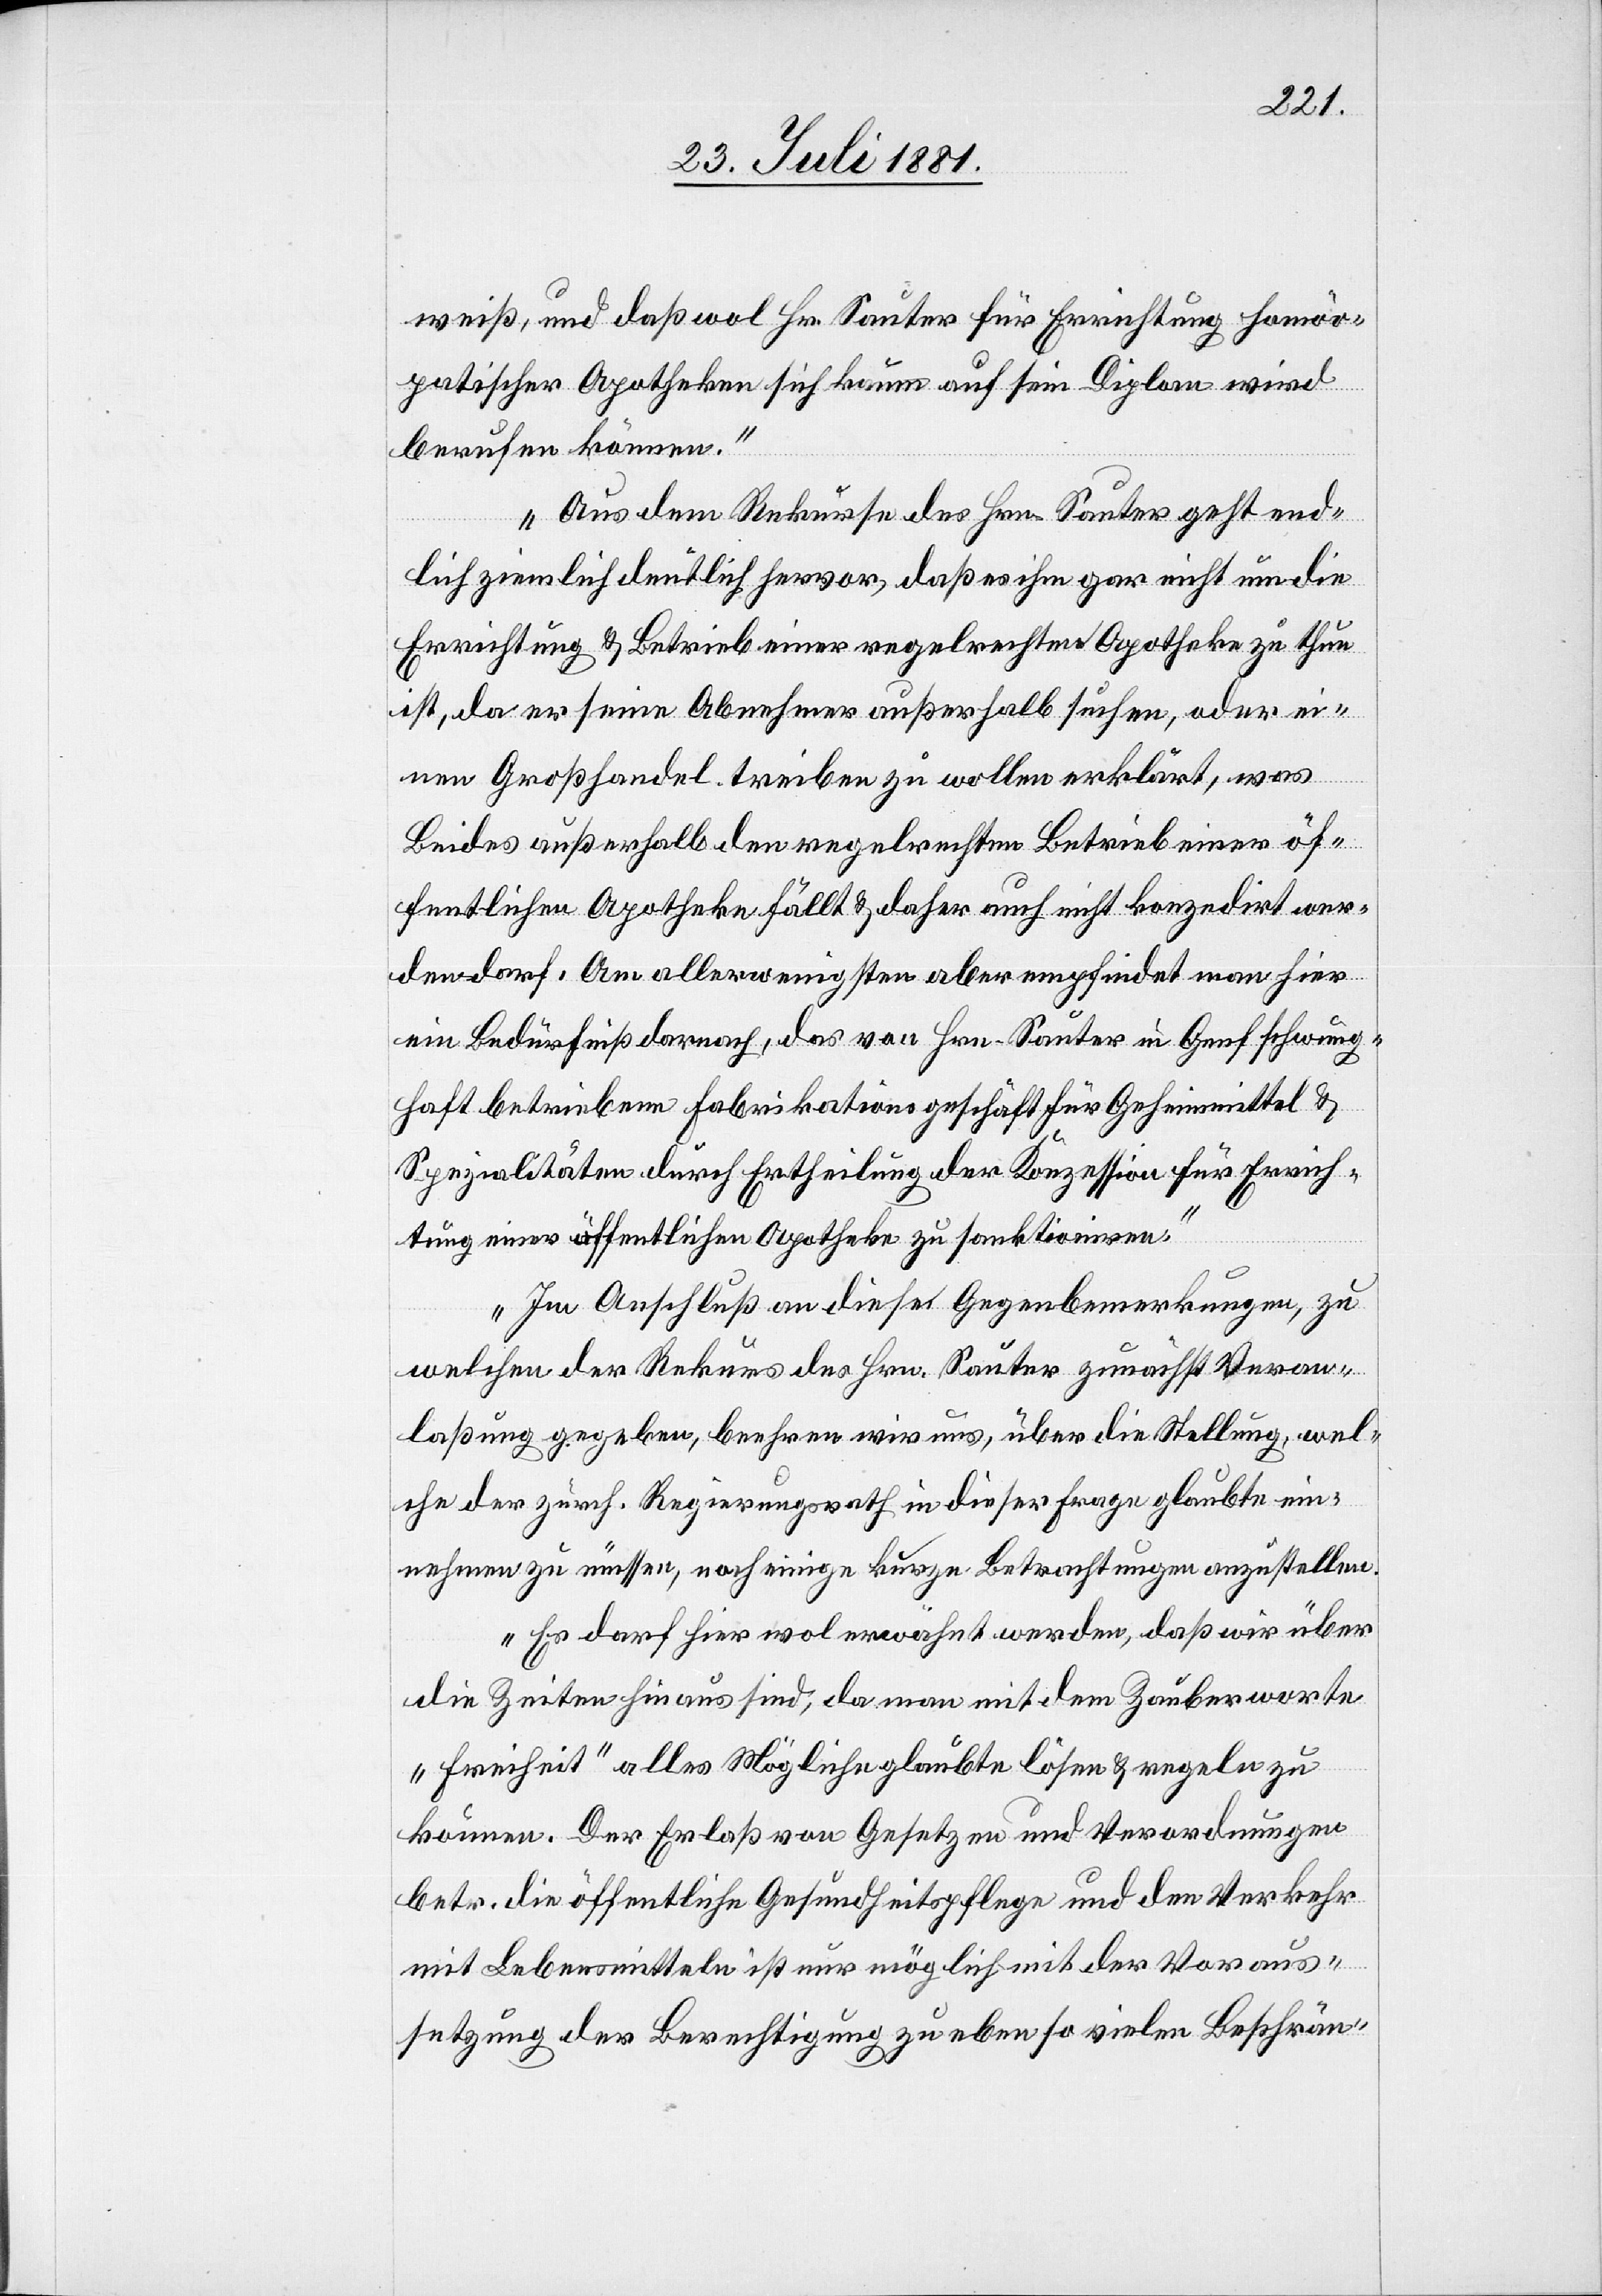
weiß, und daß wol Hr. Sauter für Errichtung homöo¬
pathischer Apotheken sich kaum auf sein Diplom wird
berufen können.
Aus dem Rekurse des Hrn. Sauter geht end¬
lich ziemlich deutlich hervor, daß es ihm gar nicht um die
Errichtung & Betrieb einer regelrechten Apotheke zu thun
ist, da er seine Abnehmer außerhalb suchen, oder ei¬
nen Großhandel treiben zu wollen erklärt, was
Beides außerhalb den regelrechten Betrieb einer öf¬
fentlichen Apotheke fällt & daher auch nicht konzedirt wer¬
den darf. Am allerwenigsten aber empfindet man hier
ein Bedürfniß darnach, das von Hrn Sauter in Genf schwung¬
haft betriebene Fabrikationsgeschäft für Geheimmittel &
Spezialitäten durch Ertheilung der Konzession für Errich¬
tung einer öffentlichen Apotheke zu sanktioniren.
Im Anschluß an diese Gegenbemerkungen, zu
welchen der Rekurs des Hrn. Sauter zunächst Veran¬
laßung gegeben, beehren wir uns, über die Stellung, wel¬
che der zürch. Regierungsrath in dieser Frage glaubte ein¬
nehmen zu müssen, noch einige kurze Betrachtungen anzustellen.
Es darf hier wol erwähnt werden, daß wir über
die Zeiten hinaus sind, da man mit dem Zauberworte
„Freiheit“ alles Mögliche glaubte lösen & regeln zu
können. Der Erlaß von Gesetzen und Verordnungen
betr. die öffentliche Gesundheitspflege und den Verkehr
mit Lebensmittelns ist nur möglich mit der Voraus¬
setzung der Berechtigung zu ebenso vielen Beschrän-